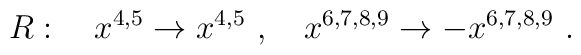
R:\quad x^{4,5} \to x^{4,5} \  , \quad x^{6,7,8,9} \to - x^{6,7,8,9}\ .